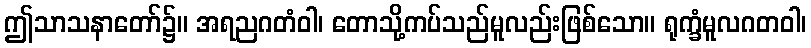
ဤသာသနာတော်၌။ အရညဂတံဝါ၊ တောသို့ကပ်သည်မူလည်းဖြစ်သော။ ရုက္ခံမူလဂတဝါ၊